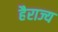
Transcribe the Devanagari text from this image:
हैराज्य